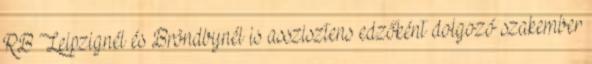
RB Leipzignél és Bröndbynél is asszisztens edzőként dolgozó szakember